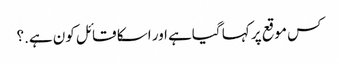
کس موقع پر کہا گیاہے اور اسکا قائل کون ہے.؟